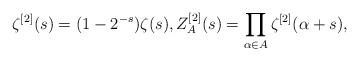
LaTeX: \begin{align*}\zeta^{[2]}(s) = (1-2^{-s})\zeta(s), Z^{[2]}_A(s) = \prod_{\alpha \in A} \zeta^{[2]}(\alpha+s),\end{align*}